Problem: 39 + 3 = ?
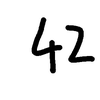
Handwritten answer: 42